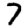
Digit: 7